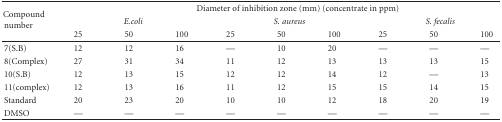
<table><thead><tr><td rowspan="3"><b> Compound number </b></td><td colspan="9"><b> Diameter of inhibition zone (mm) (concentrate in ppm) </b></td></tr><tr><td colspan="3"><b><i>E.coli</i></b></td><td colspan="3"><b><i>S. aureus</i></b></td><td colspan="3"><b><i>S. fecalis</i></b></td></tr><tr><td><b> 25 </b></td><td><b> 50 </b></td><td><b> 100 </b></td><td><b> 25 </b></td><td><b> 50 </b></td><td><b> 100 </b></td><td><b> 25 </b></td><td><b> 50 </b></td><td><b> 100 </b></td></tr></thead><tbody><tr><td> 7(S.B) </td><td>12</td><td>12</td><td>16</td><td>—</td><td>10</td><td>20</td><td>—</td><td>—</td><td>—</td></tr><tr><td> 8(Complex) </td><td>27</td><td>31</td><td>34</td><td>11</td><td>12</td><td>13</td><td>13</td><td>13</td><td>15</td></tr><tr><td> 10(S.B) </td><td>12</td><td>13</td><td>15</td><td>12</td><td>12</td><td>14</td><td>12</td><td>—</td><td>13</td></tr><tr><td> 11(complex) </td><td>12</td><td>13</td><td>16</td><td>11</td><td>12</td><td>15</td><td>15</td><td>14</td><td>15</td></tr><tr><td> Standard </td><td>20</td><td>23</td><td>20</td><td>10</td><td>10</td><td>12</td><td>18</td><td>20</td><td>19</td></tr><tr><td> DMSO </td><td>—</td><td>—</td><td>—</td><td>—</td><td>—</td><td>—</td><td>—</td><td>—</td><td>—</td></tr></tbody></table>